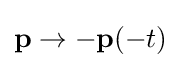
\mathbf {p} \rightarrow -\mathbf {p} (-t)